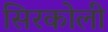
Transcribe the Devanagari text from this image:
सिरकोली